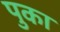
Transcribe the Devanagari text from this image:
पुका